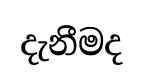
දැනීමද